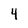
Character: 4